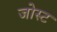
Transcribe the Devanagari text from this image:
जोस्ट